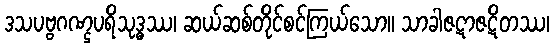
ဒသပဗ္ဗဂဏ္ဌပရိသုဒ္ဓဿ၊ ဆယ်ဆစ်တိုင်စင်ကြယ်သော။ သာခါဇဋာဇဋိတဿ၊